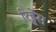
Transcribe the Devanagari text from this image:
रिड्डेंस